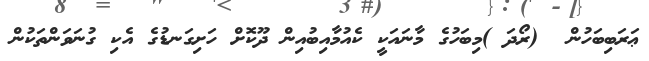
ޢަރަބިބަހުން  (ރޯދަ )މިބަހުގެ މާނައަކީ ކެއުމާއިބުއިން ދޫކޮށް ހަށިގަނޑުގެ އެކި ގުނަވަންތަކުން